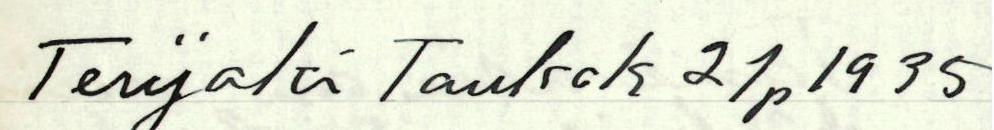
Terijoki Toukok 21p1935